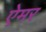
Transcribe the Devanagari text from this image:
ऐमर